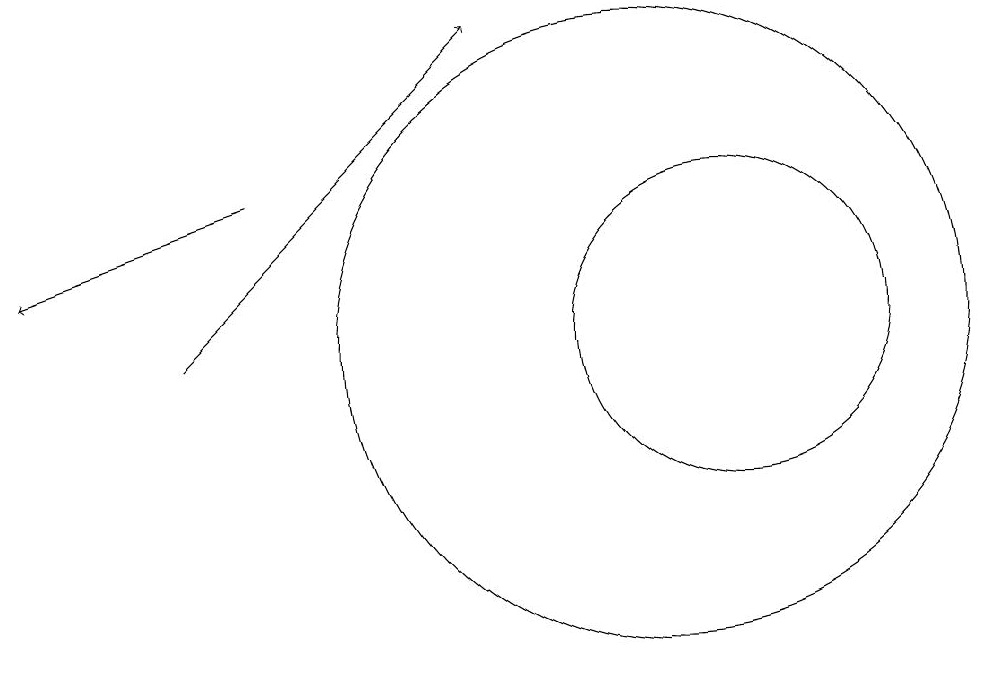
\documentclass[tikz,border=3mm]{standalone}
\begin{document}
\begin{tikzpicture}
\draw (10,10) circle (4);
\draw[->] (5,12) -- (2,11);
\draw[->] (4,10) -- (8,14);
\draw (11,10) circle (2);
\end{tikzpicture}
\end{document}